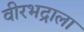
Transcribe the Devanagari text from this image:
वीरभद्राला